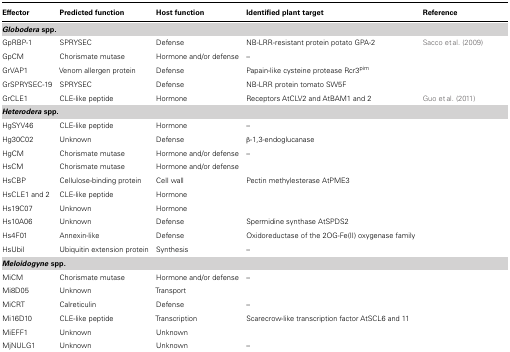
<table><thead><tr><td><b>Effector</b></td><td><b>Predicted function</b></td><td><b>Host function</b></td><td><b>Identified plant target</b></td><td><b>Reference</b></td></tr></thead><tbody><tr><td><b><b><i>Globodera</i> spp.</b></b></td></tr><tr><td>GpRBP-1</td><td>SPRYSEC</td><td>Defense</td><td>NB-LRR-resistant protein potato GPA-2</td><td>Sacco et al. (2009)</td></tr><tr><td>GpCM</td><td>Chorismate mutase</td><td>Hormone and/or defense</td><td>–</td><td>[EMPTY_CELL]</td></tr><tr><td>GrVAP1</td><td>Venom allergen protein</td><td>Defense</td><td>Papain-like cysteine protease Rcr3<sup>pim</sup></td><td>[EMPTY_CELL]</td></tr><tr><td>GrSPRYSEC-19</td><td>SPRYSEC</td><td>Defense</td><td>NB-LRR protein tomato SW5F</td><td>[EMPTY_CELL]</td></tr><tr><td>GrCLE1</td><td>CLE-like peptide </td><td>Hormone</td><td>Receptors AtCLV2 and AtBAM1 and 2</td><td>Guo et al. (2011)</td></tr><tr><td><b><i>Heterodera</i> spp.</b></td></tr><tr><td>HgSYV46</td><td>CLE-like peptide </td><td>Hormone</td><td>–</td><td>[EMPTY_CELL]</td></tr><tr><td>Hg30C02</td><td>Unknown</td><td>Defense</td><td>β-1,3-endoglucanase</td><td>[EMPTY_CELL]</td></tr><tr><td>HgCM</td><td>Chorismate mutase</td><td>Hormone and/or defense</td><td>–</td><td>[EMPTY_CELL]</td></tr><tr><td>HsCM</td><td>Chorismate mutase</td><td>Hormone and/or defense</td><td>[EMPTY_CELL]</td><td>[EMPTY_CELL]</td></tr><tr><td>HsCBP</td><td>Cellulose-binding protein</td><td>Cell wall</td><td>Pectin methylesterase AtPME3</td><td>[EMPTY_CELL]</td></tr><tr><td>HsCLE1 and 2</td><td>CLE-like peptide </td><td>Hormone</td><td>[EMPTY_CELL]</td><td>[EMPTY_CELL]</td></tr><tr><td>Hs19C07</td><td>Unknown</td><td>Hormone</td><td>[EMPTY_CELL]</td><td>[EMPTY_CELL]</td></tr><tr><td>Hs10A06</td><td>Unknown</td><td>Defense</td><td>Spermidine synthase AtSPDS2</td><td>[EMPTY_CELL]</td></tr><tr><td>Hs4F01</td><td>Annexin-like</td><td>Defense</td><td>Oxidoreductase of the 2OG-Fe(II) oxygenase family</td><td>[EMPTY_CELL]</td></tr><tr><td>HsUbiI</td><td>Ubiquitin extension protein</td><td>Synthesis</td><td>–</td><td>[EMPTY_CELL]</td></tr><tr><td><b><i>Meloidogyne</i> spp.</b></td></tr><tr><td>MiCM</td><td>Chorismate mutase</td><td>Hormone and/or defense</td><td>–</td><td>[EMPTY_CELL]</td></tr><tr><td>Mi8D05</td><td>Unknown</td><td>Transport</td><td>[EMPTY_CELL]</td><td>[EMPTY_CELL]</td></tr><tr><td>MiCRT</td><td>Calreticulin</td><td>Defense</td><td>–</td><td>[EMPTY_CELL]</td></tr><tr><td>Mi16D10</td><td>CLE-like peptide </td><td>Transcription</td><td>Scarecrow-like transcription factor AtSCL6 and 11</td><td>[EMPTY_CELL]</td></tr><tr><td>MiEFF1</td><td>Unknown</td><td>Unknown</td><td>[EMPTY_CELL]</td><td>[EMPTY_CELL]</td></tr><tr><td>MjNULG1</td><td>Unknown</td><td>Unknown</td><td>–</td><td>[EMPTY_CELL]</td></tr></tbody></table>